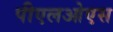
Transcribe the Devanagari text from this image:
पीएलओएस